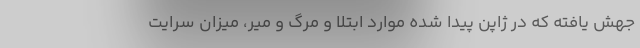
جهش یافته که در ژاپن پیدا شده موارد ابتلا و مرگ و میر، میزان سرایت